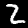
Digit: 2